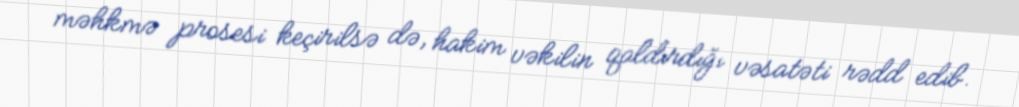
məhkmə prosesi keçirilsə də, hakim vəkilin qaldırdığı vəsatəti rədd edib.